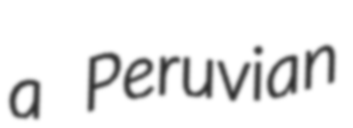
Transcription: a Peruvian